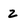
Character: z